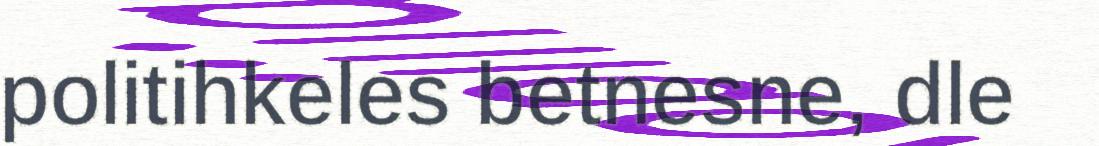
politihkeles betnesne, dle